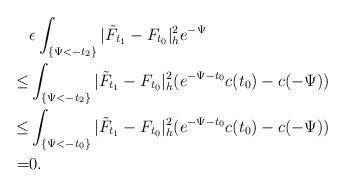
LaTeX: \begin{align*}&\epsilon\int_{\{\Psi<-t_2\}}|\tilde{F}_{t_1}-F_{t_0}|^2_he^{-\Psi}\\\le &\int_{\{\Psi<-t_2\}}|\tilde{F}_{t_1}-F_{t_0}|^2_h(e^{-\Psi-t_0}c(t_0)-c(-\Psi))\\\le &\int_{\{\Psi<-t_0\}}|\tilde{F}_{t_1}-F_{t_0}|^2_h(e^{-\Psi-t_0}c(t_0)-c(-\Psi))\\= &0.\end{align*}